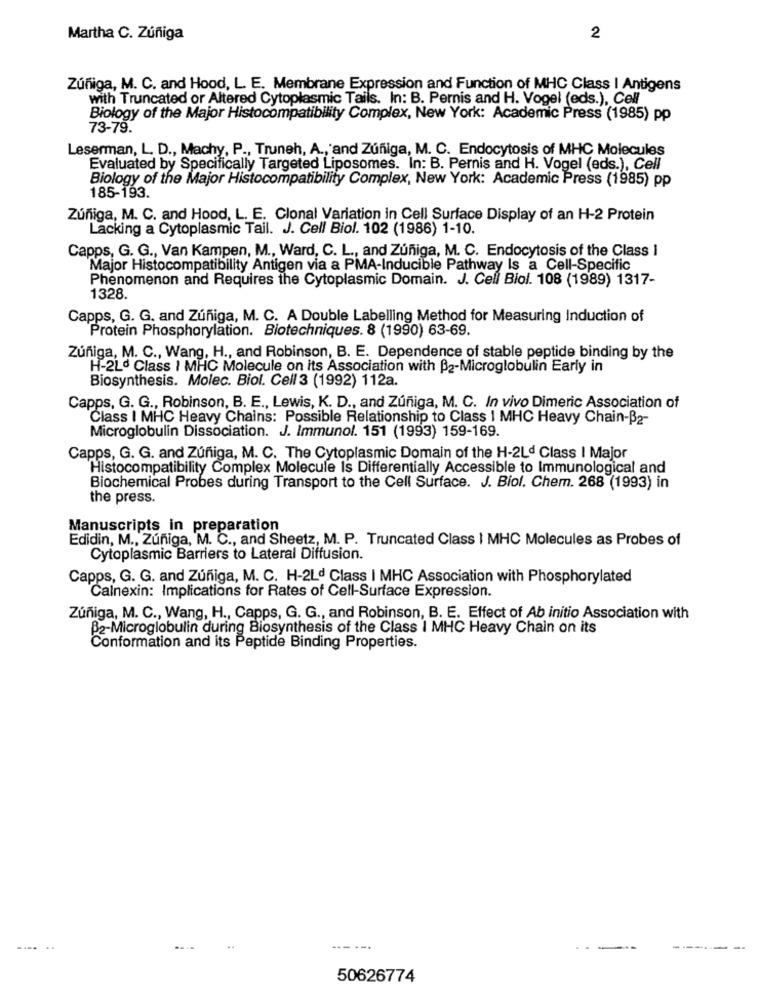
Martha C. Zúñiga
2
Zúñiga, M. C. and Hood, L. E. Membrane Expression and Function of MHC Class | Antigens
with Truncated or Altered Cytoplasmic Tails. In: B. Pernis and H. Vogel (eds.), Cell
Biology of the Major Histocompatibility Complex, New York: Academic Press (1985) pp
73-79.
Leserman, L. D ., Machy, P ., Truneh, A ., and Zúñiga, M. C. Endocytosis of MHC Molecules
Evaluated by Specifically Targeted Liposomes. In: B. Pernis and H. Vogel (eds.), Cell
Biology of the Major Histocompatibility Complex, New York: Academic Press (1985) pp
185-193.
Zúñiga, M. C. and Hood, L. E. Clonal Variation in Cell Surface Display of an H-2 Protein
Lacking a Cytoplasmic Tail. J. Cell Biol. 102 (1986) 1-10.
Capps, G. G ., Van Kampen, M ., Ward, C. L ., and Zuñiga, M. C. Endocytosis of the Class I
Major Histocompatibility Antigen via a PMA-Inducible Pathway Is a Cell-Specific
Phenomenon and Requires the Cytoplasmic Domain. J. Cell Biol. 108 (1989) 1317-
1328
Capps, G. G. and Zúñiga, M. C. A Double Labelling Method for Measuring Induction of
Protein Phosphorylation. Biotechniques. 8 (1990) 63-69.
Zuñiga, M. C ., Wang, H ., and Robinson, B. E. Dependence of stable peptide binding by the
H-2Ld Class | MHC Molecule on its Association with B2-Microglobulin Early in
Biosynthesis. Molec. Biol. Cell 3 (1992) 112a.
Capps, G. G ., Robinson, B. E ., Lewis, K. D ., and Zúñiga, M. C. In vivo Dimeric Association of
Class I MHC Heavy Chains: Possible Relationship to Class 1 MHC Heavy Chain-B2-
Microglobulin Dissociation. J. Immunol. 151 (1993) 159-169.
Capps, G. G. and Zuñiga, M. C. The Cytoplasmic Domain of the H-2Ld Class I Major
Histocompatibility Complex Molecule Is Differentially Accessible to Immunological and
Biochemical Probes during Transport to the Cell Surface. J. Biol. Chem. 268 (1993) in
the press.
Manuscripts in preparation
Edidin, M ., Zúñiga, M. C ., and Sheetz, M. P. Truncated Class | MHC Molecules as Probes of
Cytoplasmic Barriers to Lateral Diffusion.
Capps, G. G. and Zuñiga, M. C. H-2Ld Class I MHC Association with Phosphorylated
Calnexin: Implications for Rates of Cell-Surface Expression.
Zúñiga, M. C ., Wang, H ., Capps, G. G ., and Robinson, B. E. Effect of Ab initio Association with
B2-Microglobulin during Biosynthesis of the Class I MHC Heavy Chain on its
Conformation and its Peptide Binding Properties.
.... ..
--- --.
---
50626774